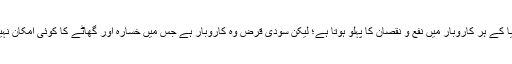
دنیا کے ہر کاروبار میں نفع و نقصان کا پہلو ہوتا ہے؛ لیکن سودی قرض وہ کاروبار ہے جس میں خسارہ اور گھاٹے کا کوئی امکان نہیں۔